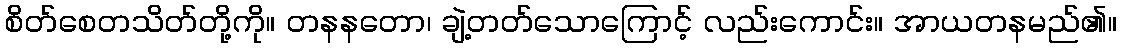
စိတ်စေတသိတ်တို့ကို။ တနနတော၊ ချဲ့တတ်သောကြောင့် လည်းကောင်း။ အာယတနမည်၏။